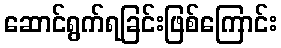
ဆောင်ရွက်ရခြင်းဖြစ်ကြောင်း